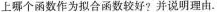
上哪个函数作为拟合函数较好?并说明理由。